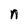
Character: n